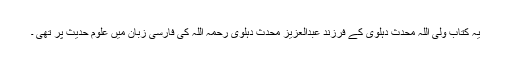
یہ کتاب ولی اللہ محدث دہلوی کے فرزند عبدالعزیز محدث دہلوی رحمہ اللہ کی فارسی زبان میں علوم حدیث پر تھی ۔